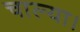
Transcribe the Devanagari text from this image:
चाल्या।